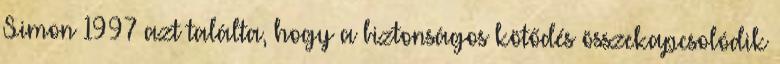
Simon 1997 azt találta, hogy a biztonságos kötődés összekapcsolódik